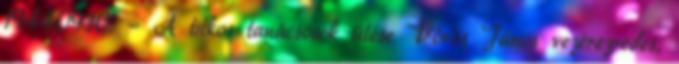
1944.09.10. - A titkos tanácsosok ülése Vörös János vezérezredes,